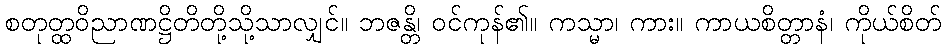
စတုတ္ထဝိညာဏဋ္ဌိတိတို့သို့သာလျှင်။ ဘဇန္တိ၊ ဝင်ကုန်၏။ ကသ္မာ၊ ကား။ ကာယစိတ္တာနံ၊ ကိုယ်စိတ်